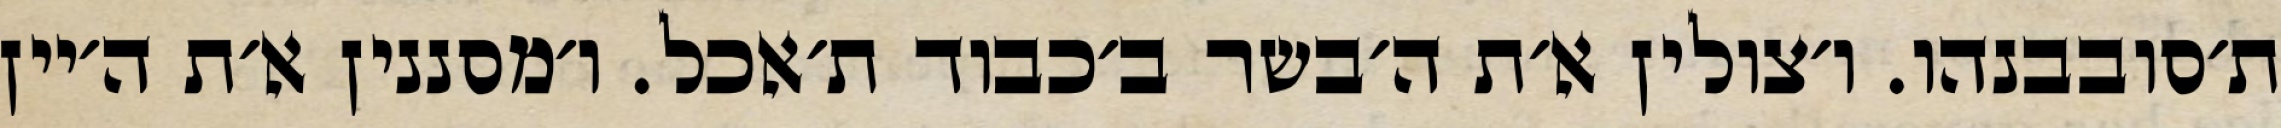
ת׳סובבנהו. ו׳צולין א׳ת ה׳בשר ב׳כבוד ת׳אכל. ו׳מסננין א׳ת ה׳יין